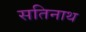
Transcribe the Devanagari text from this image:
सतिनाथ